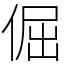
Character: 倔